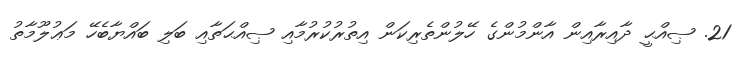
21. ޞިއްޙީ ދާއިރާއިން އާންމުންގެ ހޭލުންތެރިކަން އިތުރުކުރުމާއި ޞިއްޙަތާއި ބަލި ބައްޔާބެހޭ މަޢުލޫމާތު